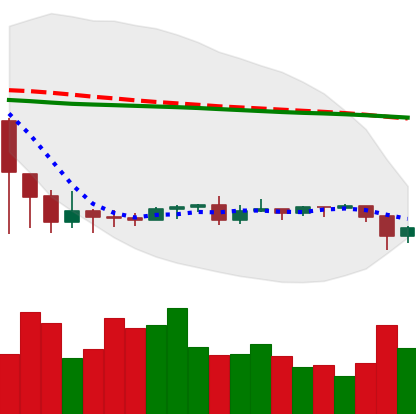
Ticker: ETC-USD
Chart end date: 2020-09-22
Forward return: 9.608%
Label: up_7plus